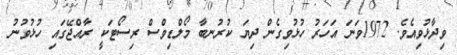
ވިދާޅުވިއެވެ. 1972ވަނަ އަހަރު ހުޅުވިގެން ދިޔަ ކުރުނބާ މޯލްޑިވްސް ރިސޯޓަކީ ރާއްޖޭގައި ހުޅުވުނު